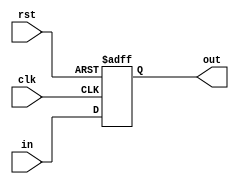
module d_flip_flop(out, 	in, 	clk, 	rst);

	output 	reg 	out;
	
	input 	wire 	in;
	input	wire	rst;
	input 	wire 	clk;

	
	always @(posedge clk or negedge rst)begin
		if (~rst) 
			out <= 0;
		else 
			out <= in;
	end
	

endmodule